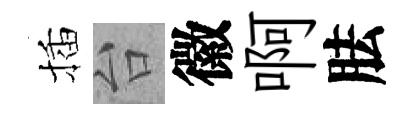
插台徽啊胠